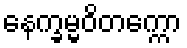
နေက္ခမ္မဝိတက္ကော